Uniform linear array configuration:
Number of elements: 64
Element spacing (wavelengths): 1
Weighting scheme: kaiser
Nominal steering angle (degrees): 0
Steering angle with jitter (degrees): -0.2127
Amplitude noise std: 0.05
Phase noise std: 0.05

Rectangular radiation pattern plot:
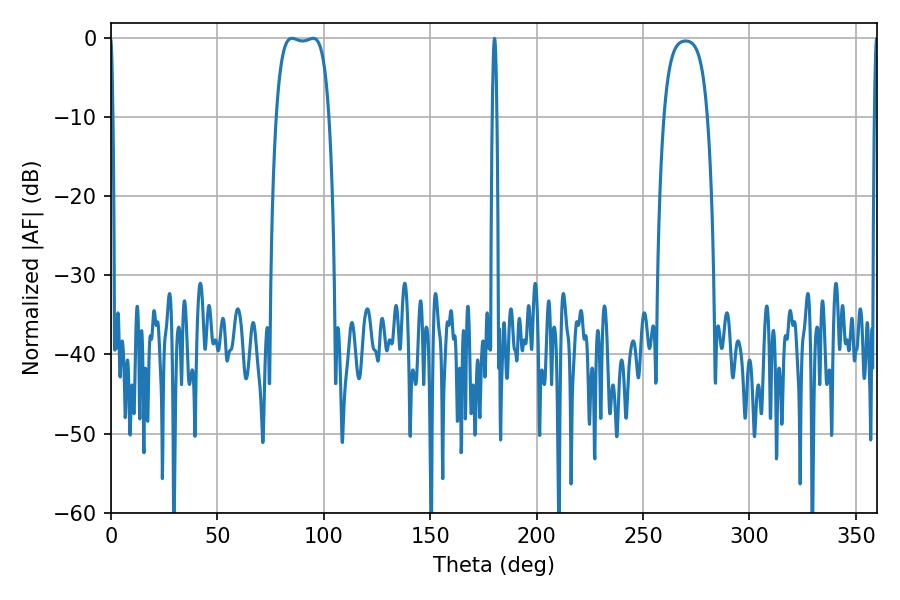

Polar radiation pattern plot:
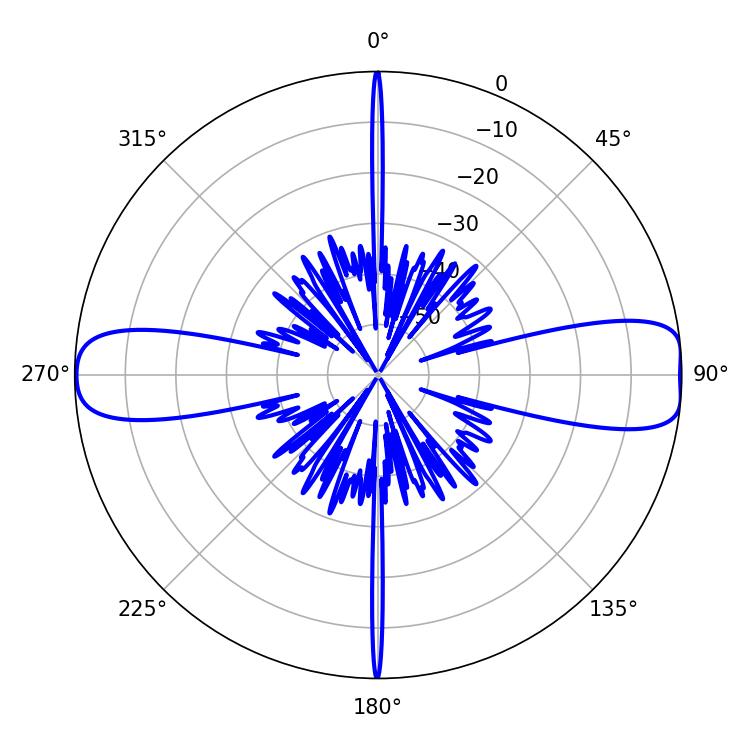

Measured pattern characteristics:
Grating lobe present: TRUE
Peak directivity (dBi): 12.704
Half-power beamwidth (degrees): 19.44
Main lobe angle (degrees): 84.96